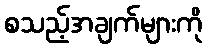
စသည့်အချက်များကို